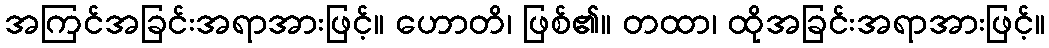
အကြင်အခြင်းအရာအားဖြင့်။ ဟောတိ၊ ဖြစ်၏။ တထာ၊ ထိုအခြင်းအရာအားဖြင့်။